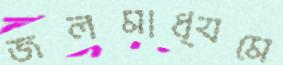
জলমাধ্যমে